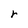
Character: r